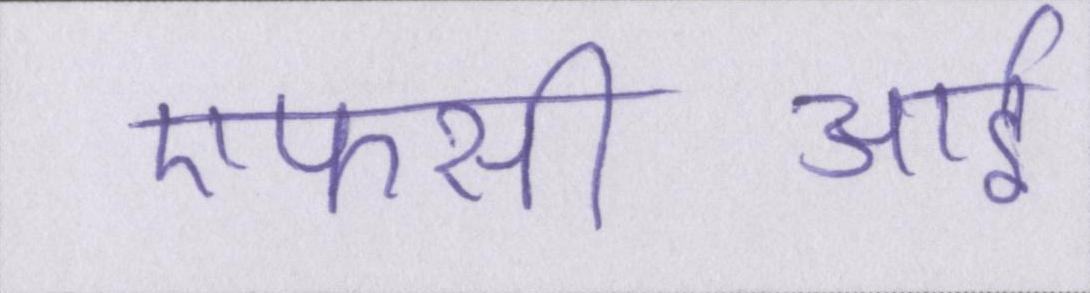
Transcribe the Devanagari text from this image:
एफसीआई